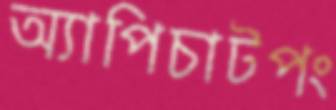
অ্যাপিচাটপং